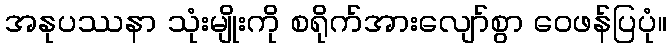
အနုပဿနာ သုံးမျိုးကို စရိုက်အားလျော်စွာ ဝေဖန်ပြပုံ။